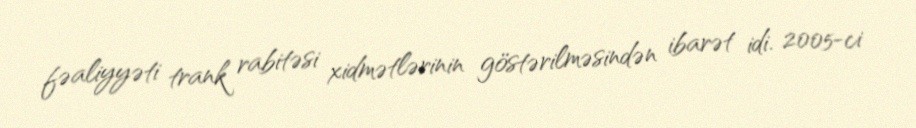
fəaliyyəti trank rabitəsi xidmətlərinin göstərilməsindən ibarət idi. 2005-ci